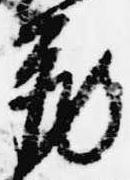
蔵